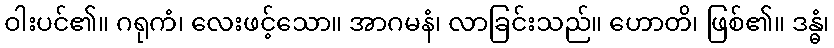
ဝါးပင်၏။ ဂရုကံ၊ လေးဖင့်သော။ အာဂမနံ၊ လာခြင်းသည်။ ဟောတိ၊ ဖြစ်၏။ ဒန္ဓံ၊